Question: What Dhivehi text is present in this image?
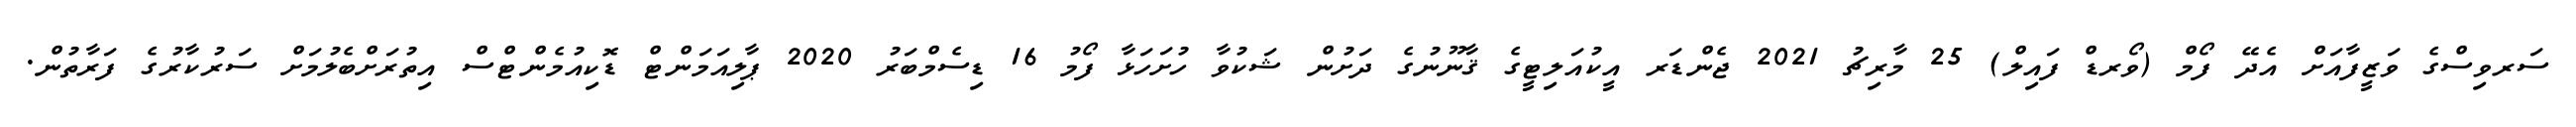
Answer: ސަރވިސްގެ ވަޒީފާއަށް އެދޭ ފޯމް (ވޯރޑް ފައިލް) 25 މާރިޗު 2021 ޖެންޑަރ އީކުއަލިޓީގެ ޤާނޫނުގެ ދަށުން ޝަކުވާ ހުށަހަޅާ ފޯމު 16 ޑިސެމްބަރު 2020 ޕާލިއަމަންޓް ޑޮކިއުމެންޓްސް އިތުރަށްބެލުމަށް ސަރުކާރުގެ ފަރާތުން.